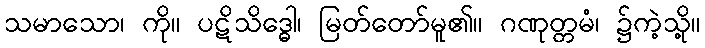
သမာသော၊ ကို။ ပဋိသိဒ္ဓေါ၊ မြတ်တော်မူ၏။ ဂဏုတ္တမံ၊ ၌ကဲ့သို့။